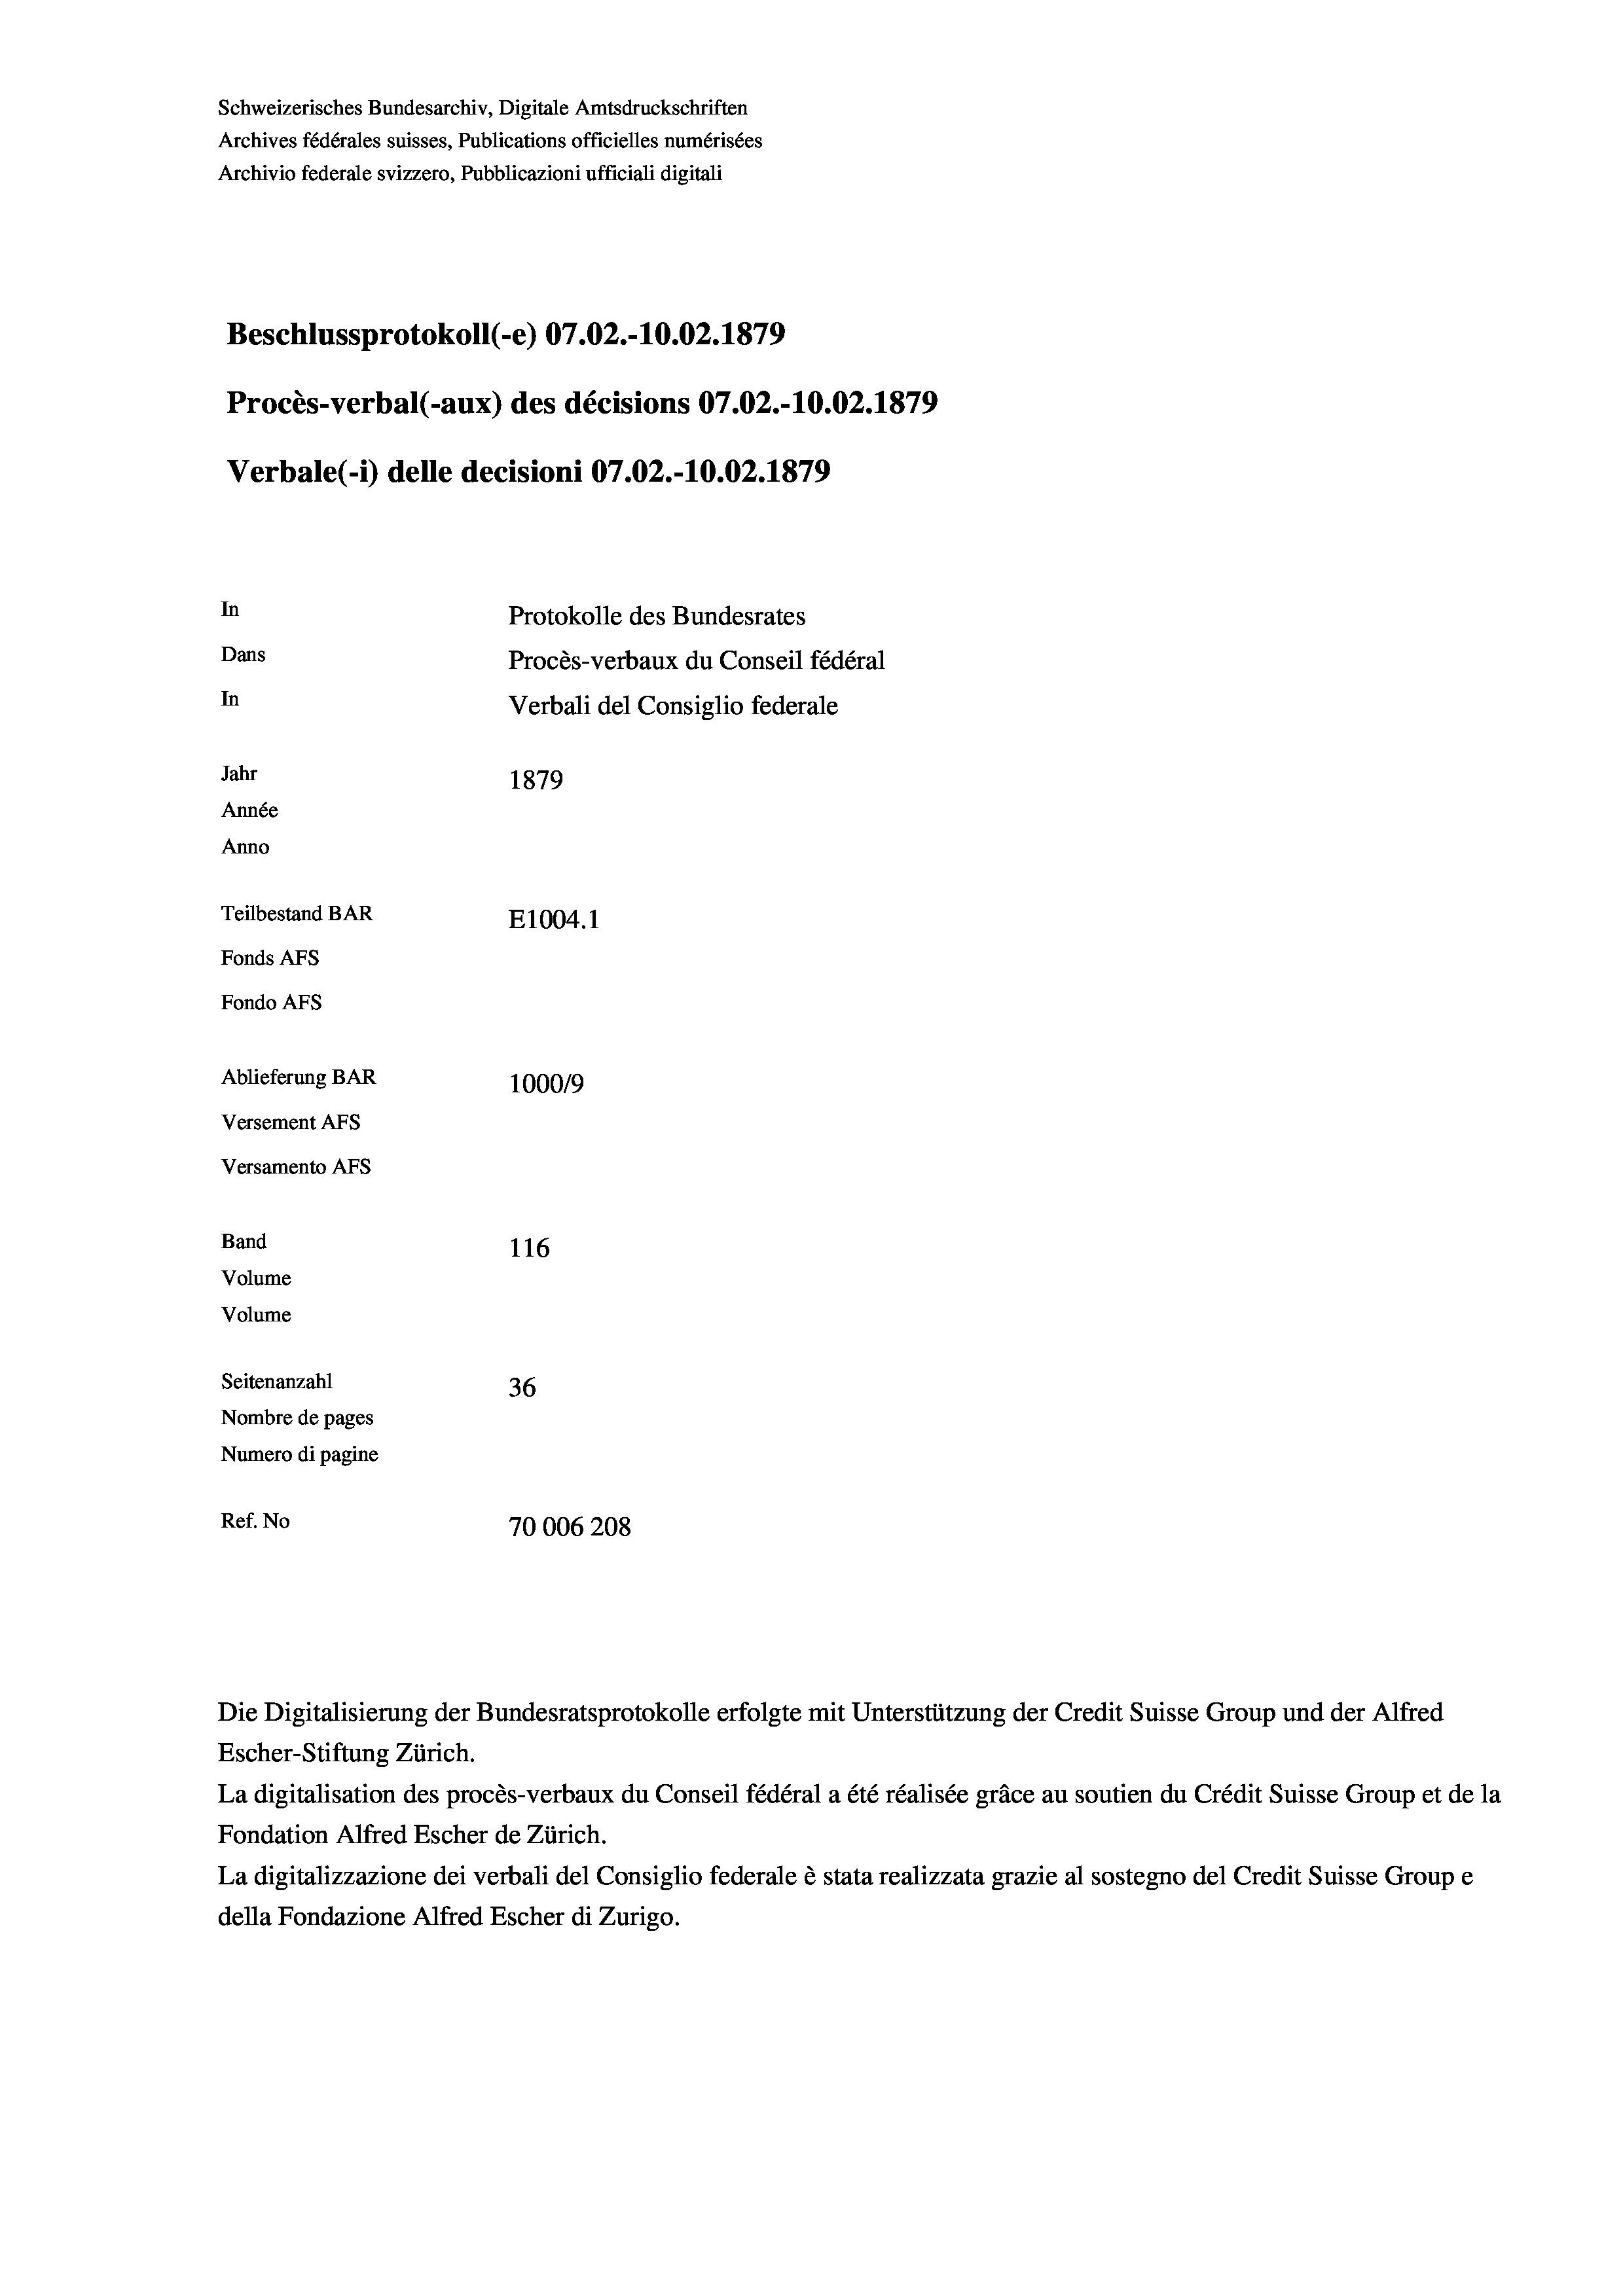
Schweizerisches Bundesarchiv, Digitale Amtsdruckschriften
Archives fédérales suisses, Publications officielles numérisées
Archivio federale svizzero, Pubblicazioni ufficiali digitali
Beschlussprotokoll (-e) 07.02.-10.02. 1879
Procès-verbal (-aux) des décisions 07.02.-10.02.1879
Verbale (- 1) delle decisioni 07.02.-10.02. 1879
In
Protokolle des Bundesrates
Dans
Procès-verbaux du Conseil fédéral
In
Verbali del Consiglio federale
Jahr
1879
Année
Anno
Teilbestand BAR
E1004.1
Fonds AFs
Fondo AFS
Ablieferung BAR
100019
Versement AFs
Versamento AFS
Band
116
Volume
Volume
Seitenanzahl
36
Nombre de pages
Numero di pagine
Ref. No
70006208

Die Digitalisierung der Bundesratsprotokolle erfolgte mit Unterstützung der Credit Suisse Group und der Alfred
Escher-Stiftung Zürich.
La digitalisation des procès-verbaux du Conseil fédéral a été réalisée gräce au soutien du Crédit Suisse Group et de la
Fondation Alfred Escher de Zürich.
La digitalizzazione dei verbali del Consiglio federale è stata realizzata grazie al sostegno del Credit Suisse Groupe
della Fondazione Alfred Escher di Zurigo.